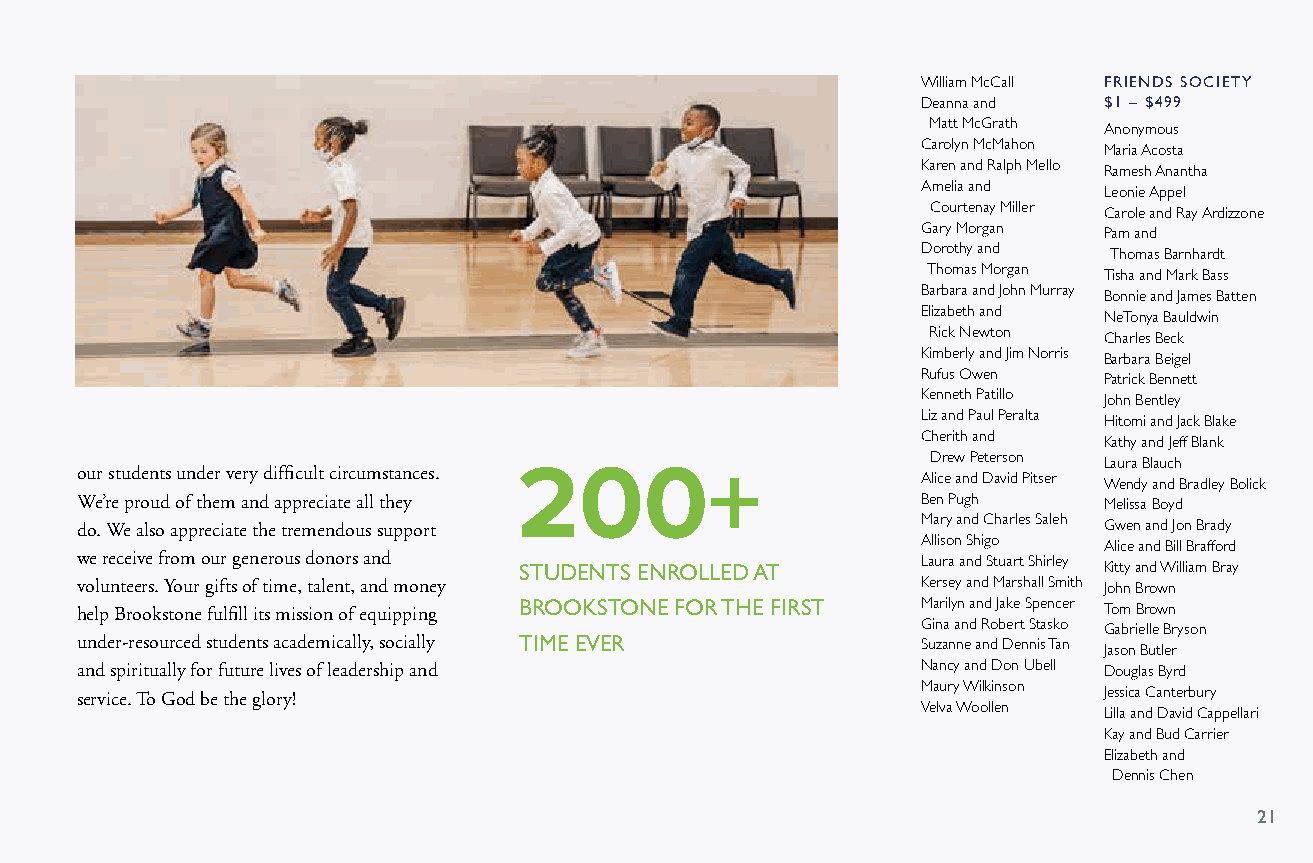
William McCall FRIENDS SOCIETY
 Deanna and  $1 – $499
 Matt McGrath Anonymous
 Carolyn McMahon Maria Acosta
 Karen and Ralph Mello Ramesh Anantha
 Amelia and  Leonie Appel
 Courtenay Miller Carole and Ray Ardizzone
 Gary Morgan Pam and
 Dorothy and Thomas Barnhardt
 Thomas Morgan Tisha and Mark Bass
 Barbara and John Murray Bonnie and James Batten
 Elizabeth and NeTonya Bauldwin
 Rick Newton Charles Beck
 Kimberly and Jim Norris Barbara Beigel
 Rufus Owen  Patrick Bennett
 Kenneth Patillo John Bentley
 Liz and Paul Peralta Hitomi and Jack Blake
 Cherith and Kathy and Jeff Blank
 200+                        Drew Peterson Laura Blauch
 our students under very difficult circumstances.        Alice and David Pitser Wendy and Bradley Bolick
 We’re proud of them and appreciate all they             Ben Pugh    Melissa Boyd
 do. We also appreciate the tremendous support           Mary and Charles Saleh Gwen and Jon Brady
 Allison Shigo Alice and Bill Brafford
 we receive from our generous donors and STUDENTS ENROLLED AT Laura and Stuart Shirley Kitty and William Bray
 volunteers. Your gifts of time, talent, and money       Kersey and Marshall Smith John Brown
 help Brookstone fulfill its mission of equipping BROOKSTONE FOR THE FIRST Marilyn and Jake Spencer Tom Brown
 Gina and Robert Stasko Gabrielle Bryson
 under-resourced students academically, socially TIME EVER Suzanne and Dennis Tan Jason Butler
 and spiritually for future lives of leadership and      Nancy and Don Ubell Douglas Byrd
 service. To God be the glory!                           Maury Wilkinson Jessica Canterbury
 Velva Woollen Lilla and David Cappellari
 Kay and Bud Carrier
 Elizabeth and
 Dennis Chen
 2211